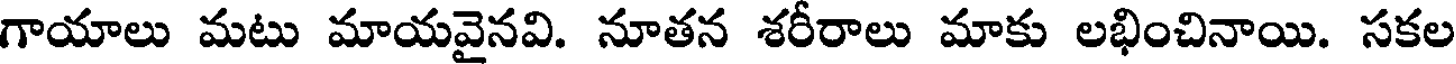
గాయాలు మటు మాయవైనవి. నూతన శరీరాలు మాకు లభించినాయి. సకల